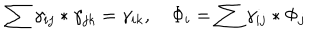
LaTeX: \sum \gamma _ { i j } * \gamma _ { j k } = \gamma _ { i k } , \quad \Phi _ { i } = \sum \gamma _ { i j } * \Phi _ { j }